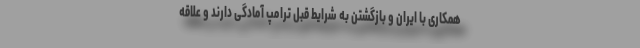
همکاری با ایران و بازگشتن به شرایط قبل ترامپ آمادگی دارند و علاقه